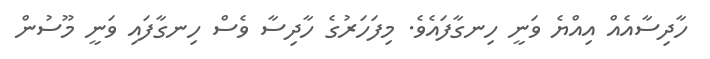
ހާދިސާއެއް އިއްޔެ ވަނީ ހިނގާފައެވެ. މިފަހަރުގެ ހާދިސާ ވެސް ހިނގާފައި ވަނީ މޫސުން